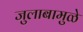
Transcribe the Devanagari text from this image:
जुलाबामुळे